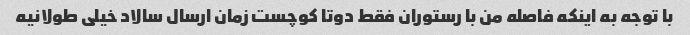
با توجه به اینکه فاصله من با رستوران فقط دوتا کوچست زمان ارسال سالاد خیلی طولانیه